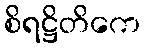
စိရဋ္ဌိတိကေ